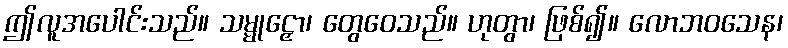
ဤလူအပေါင်းသည်။ သမ္မုဠှော၊ တွေဝေသည်။ ဟုတွာ၊ ဖြစ်၍။ လောဘဝသေန၊